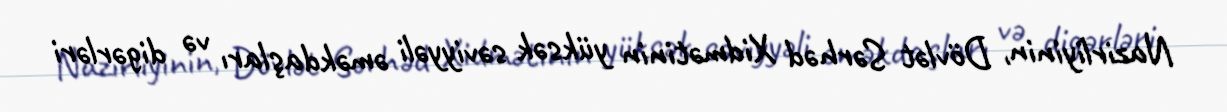
Nazirliyinin, Dövlət Sərhəd Xidmətinin yüksək səviyyəli əməkdaşları və digərləri